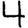
Digit: 4